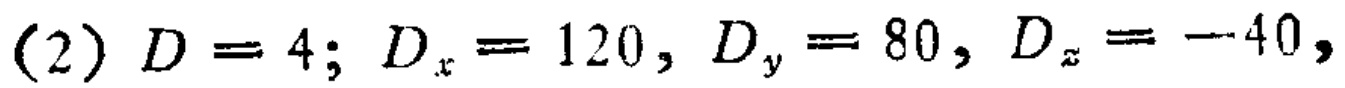
(2) \(D = 4; D_x = 120, D_y = 80, D_z = - 40,\)